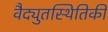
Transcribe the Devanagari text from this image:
वैद्युतस्थितिकी